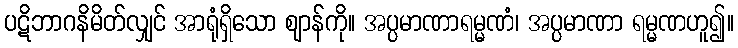
ပဋိဘာဂနိမိတ်လျှင် အာရုံရှိသော ဈာန်ကို။ အပ္ပမာဏာရမ္မဏံ၊ အပ္ပမာဏာ ရမ္မဏဟူ၍။